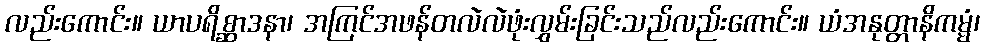
လည်းကောင်း။ ယာပရိစ္ဆာဒနာ၊ အကြင်အဖန်တလဲလဲဖုံးလွှမ်းခြင်းသည်လည်းကောင်း။ ယံအနုတ္တာနိကမ္မံ၊